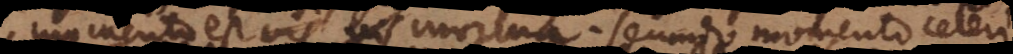
momento est vis mortua. Secundo momento celeri